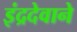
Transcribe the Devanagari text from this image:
इंद्रदेवाने